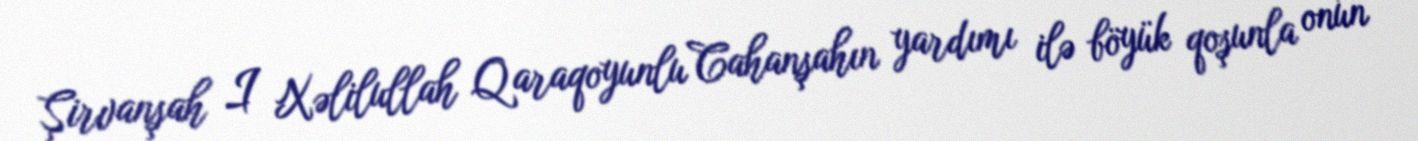
Şirvanşah I Xəlilullah Qaraqoyunlu Cahanşahın yardımı ilə böyük qoşunla onun